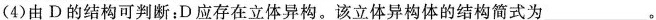
(4)由D的结构可判断：D应存在立体异构。该立体异构体的结构简式为___。